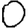
Digit: 0